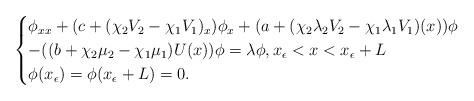
LaTeX: \begin{align*}\begin{cases}\phi_{xx}+(c+(\chi_2V_2-\chi_1 V_1)_x)\phi_x+(a+(\chi_2\lambda_2V_2-\chi_1\lambda_1V_1)(x))\phi\cr -((b+\chi_2\mu_2-\chi_1\mu_1)U(x))\phi=\lambda\phi,x_\epsilon<x<x_\epsilon+L\cr\phi(x_\epsilon)=\phi(x_\epsilon+L)=0.\end{cases}\end{align*}